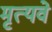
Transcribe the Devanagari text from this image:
मृत्यवे